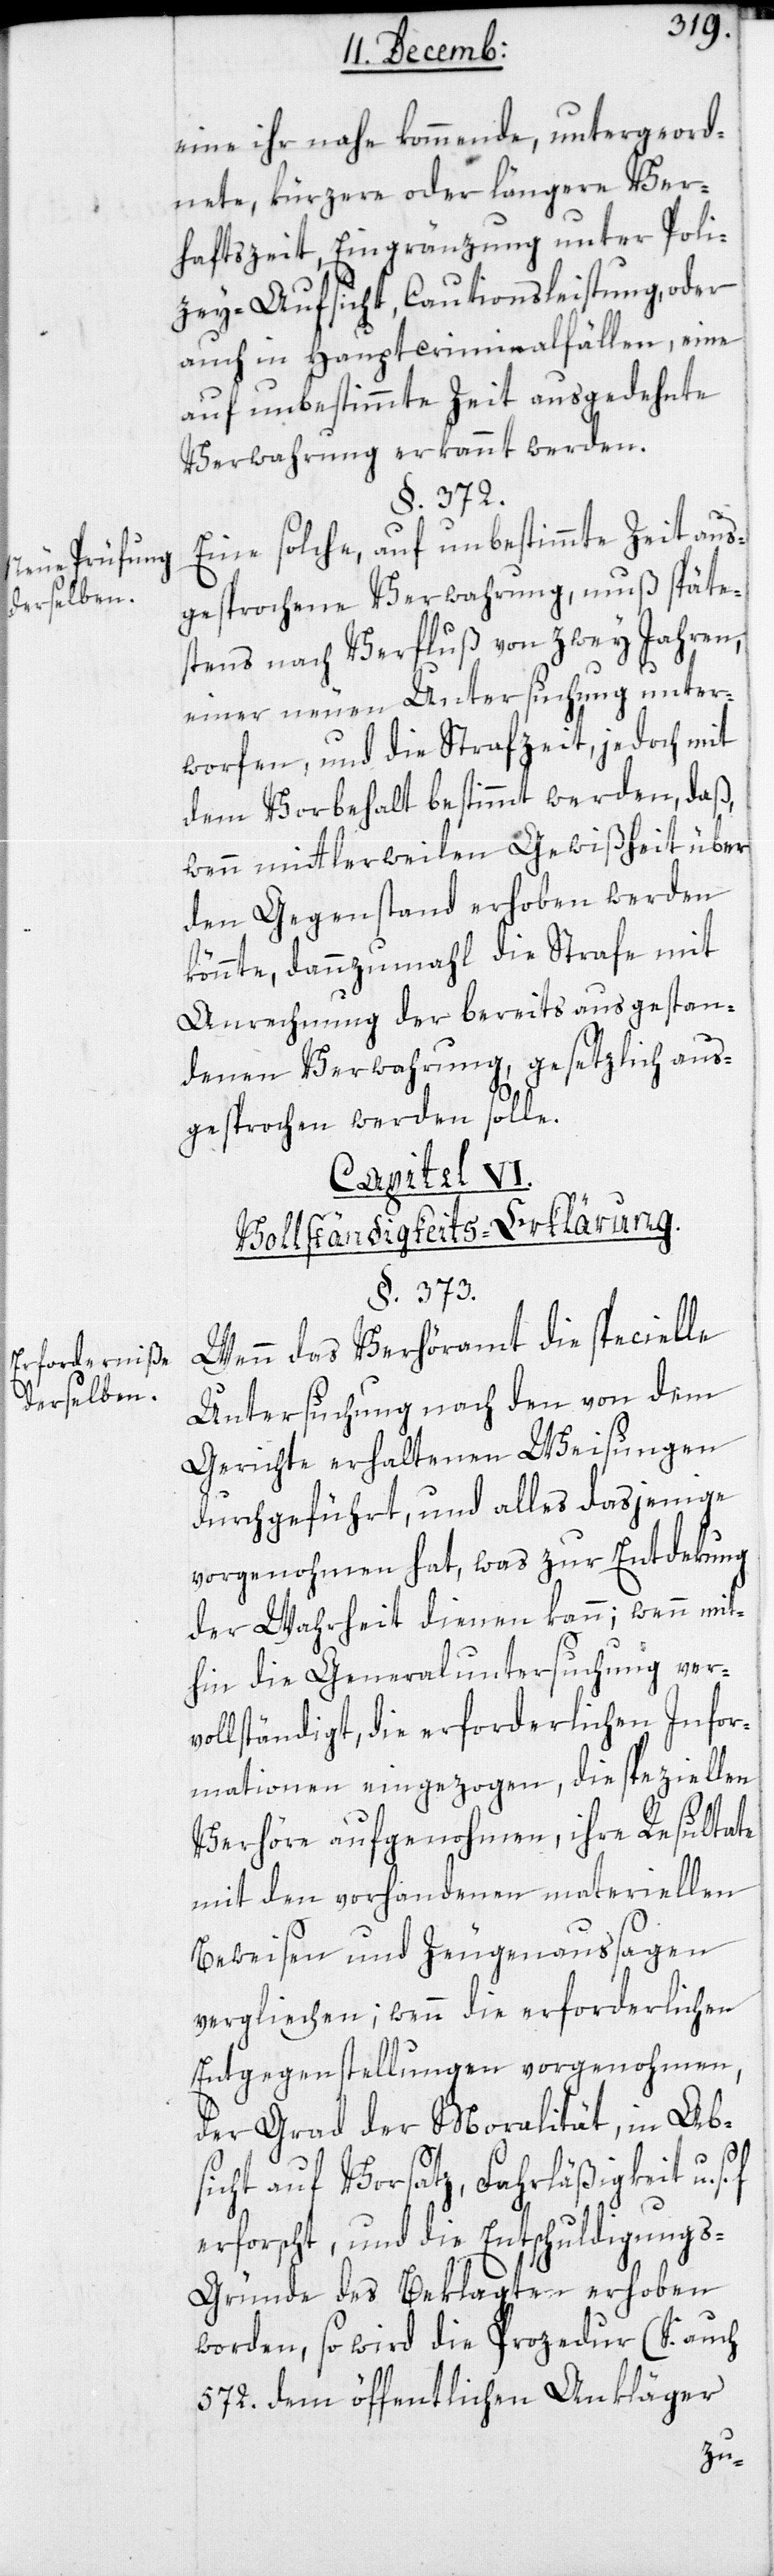
Neue Prüfung
derselben.
Erforderniße
derselben.

eine ihr nahe kommende, untergeord¬
nete, kürzer oder längere Ver¬
haftszeit, Eingränzung unter Poli¬
zey-Aufsicht, Cautionsleistung, oder
auch in Hauptcriminalfällen, eine
auf unbestimmte Zeit ausgedehnte
Verwahrung erkannt werden.
§. 372.
Eine solche, auf unbestimmte Zeit aus¬
gesprochene Verwahrung, muß späte¬
stens nach Verfluß von zwey Jahren,
einer neuen Untersuchung unter¬
worfen, und die Strafzeit, jedoch mit
dem Vorbehalt bestimmt werden, daß,
wenn mittlerweilen Gewißheit über
den Gegenstand erhoben werden
könnte, dannzumahl die Strafe mit
Anrechnung der bereits ausgestan¬
denen Verwahrung gesetzlich aus¬
gesprochen werden solle.
Capitel VI.
Vollständigkeits-Erklärung.
§. 373.
Wenn das Verhöramt die specielle
Untersuchung nach den von dem
Gerichte erhaltenen Weisungen
durchgeführt, und alles dasjenige
vorgenohmen hat, was zur Entdekung
der Wahrheit dienen kann; wenn mit¬
hin die Generaluntersuchung ver¬
vollständigt, die erforderlichen Infor¬
mationen eingezogen, die speziellen
Verhöre aufgenohmen, ihre Resultate
mit den vorhandenen materiellen
Beweisen und Zeugenaussagen
verglichen, wenn die erforderlichen
Entgegenstellungen vorgenohmen,
der Grad der Moralität, in Ab¬
sicht auf Vorsatz, Fahrläßigkeit u.
erforscht, und die Entschuldigung¬
s-Gründe des Beklagten erhoben
worden, so wird die Prozedur (S. auch
572.) dem öffentlichen Ankläger